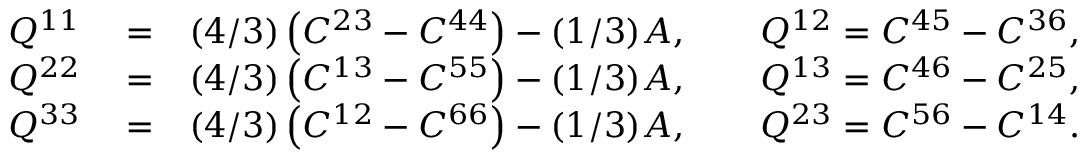
\begin{array} { r l r } { Q ^ { 1 1 } } & { { } = } & { ( 4 / 3 ) \left( C ^ { 2 3 } - C ^ { 4 4 } \right) - ( 1 / 3 ) A , \qquad Q ^ { 1 2 } = C ^ { 4 5 } - C ^ { 3 6 } , } \\ { Q ^ { 2 2 } } & { { } = } & { ( 4 / 3 ) \left( C ^ { 1 3 } - C ^ { 5 5 } \right) - ( 1 / 3 ) A , \qquad Q ^ { 1 3 } = C ^ { 4 6 } - C ^ { 2 5 } , } \\ { Q ^ { 3 3 } } & { { } = } & { ( 4 / 3 ) \left( C ^ { 1 2 } - C ^ { 6 6 } \right) - ( 1 / 3 ) A , \qquad Q ^ { 2 3 } = C ^ { 5 6 } - C ^ { 1 4 } . } \end{array}